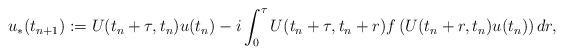
LaTeX: \begin{align*}u_\ast(t_{n+1}) := U(t_n+\tau,t_n) u (t_n) - i \int_0^{\tau}U(t_n+\tau,t_n+r)f \left(U(t_n+r,t_n)u(t_n)\right) d r, \end{align*}